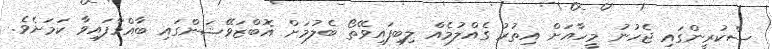
ސްކުރީންގައި ޖެހުނު މީހާއަށް އިތުރު ގެއްލުމެއް ލިބިފައިވޭތޯ ބެލުމަށް އޮބްޒަވޭޝަންގައި ބާއްވާފައިވާ ކަމަށެވެ.